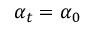
\alpha _ { t } = \alpha _ { 0 }